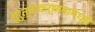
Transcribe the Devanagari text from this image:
गुरुत्वाकर्षणामध्ये